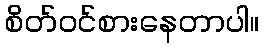
စိတ်ဝင်စားနေတာပါ။